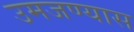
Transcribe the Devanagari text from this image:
उमजण्यास